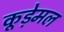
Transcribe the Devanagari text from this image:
कूड़ेमल